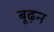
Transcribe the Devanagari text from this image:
बूढ़न